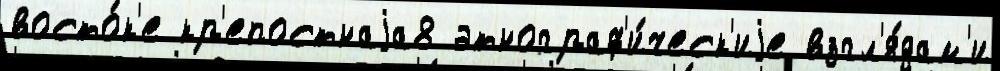
восто́к'е кр'епостнаjа8 этнограф'и́ческ'иjе взгл'я́дам'и